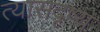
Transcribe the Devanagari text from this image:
त्यासदृष्य